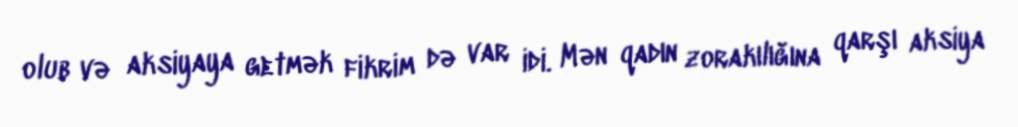
olub və aksiyaya getmək fikrim də var idi. Mən qadın zorakılığına qarşı aksiya